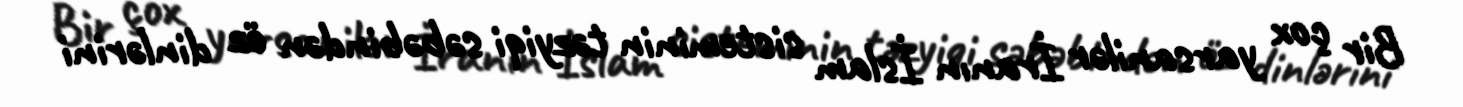
Bir çox yarsanilər İranın İslam sisteminin təzyiqi səbəbindən öz dinlərini